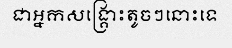
ជាអ្នកសង្គ្រោះតូចៗនោះទេ